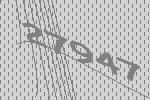
27947